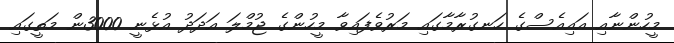
މީހުންނާއި އައިއެސްގެ ހަނގުރާމާގައި މަރުވެފައިވާ މީހުންގެ ޖުމްލަ އަދަދު އުޅެނީ 3000ން މަތީގައި